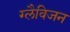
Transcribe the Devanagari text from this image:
ग्लैविजन